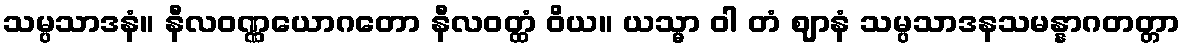
သမ္ပသာဒနံ။ နီလဝဏ္ဏယောဂတော နီလဝတ္ထံ ဝိယ။ ယသ္မာ ဝါ တံ ဈာနံ သမ္ပသာဒနသမန္နာဂတတ္တာ